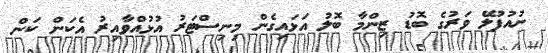
ނުއުފުލޭ ވަރުގެ ބޮޑު ޒިންމާ ބޮލު އަޅައިގެން މިނިސްޓަރު އުޅުއްވާއިރު އެކަން ކަން